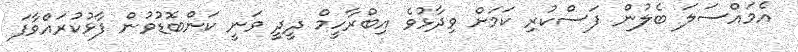
އެމައްސަލަ ބެލުން ފަސްކުރި ކަމަށް ވިދާޅުވެ އިބްރާހީމް ދީދީ ވަނީ ކަންބޮޑުވުން ފާޅުކުރައްވާފަ